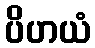
ပိဟယံ